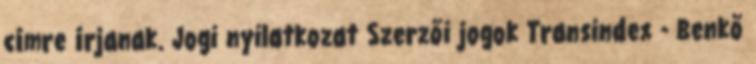
címre írjanak. Jogi nyilatkozat Szerzői jogok Transindex - Benkő